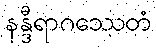
နန္ဒီရာဂဿေတံ